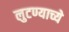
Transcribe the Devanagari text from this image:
लुटण्याच्ये